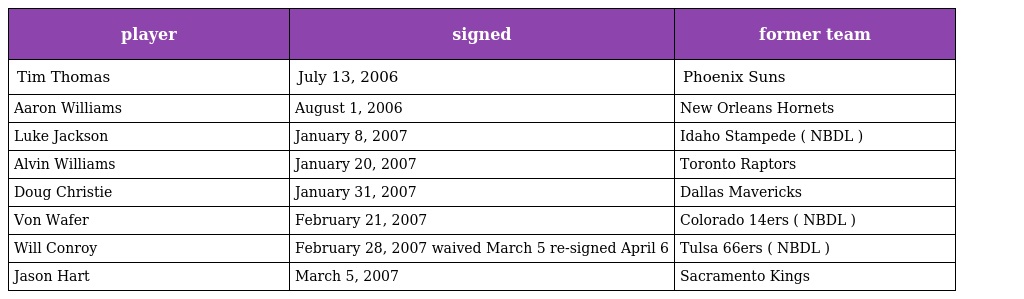
| player | signed | former team |
 | --- | --- | --- |
 | Tim Thomas | July 13, 2006 | Phoenix Suns |
 | Aaron Williams | August 1, 2006 | New Orleans Hornets |
 | Luke Jackson | January 8, 2007 | Idaho Stampede ( NBDL ) |
 | Alvin Williams | January 20, 2007 | Toronto Raptors |
 | Doug Christie | January 31, 2007 | Dallas Mavericks |
 | Von Wafer | February 21, 2007 | Colorado 14ers ( NBDL ) |
 | Will Conroy | February 28, 2007 waived March 5 re-signed April 6 | Tulsa 66ers ( NBDL ) |
 | Jason Hart | March 5, 2007 | Sacramento Kings |